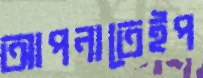
আপনাতেইপ